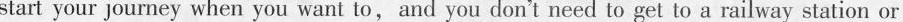
start your journey when you want to,and you don't need to get to a railway station or